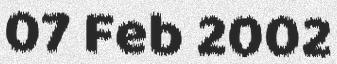
07 Feb 2002